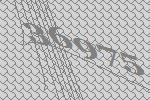
36975